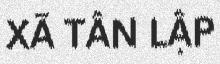
XÃ TÂN LẬP